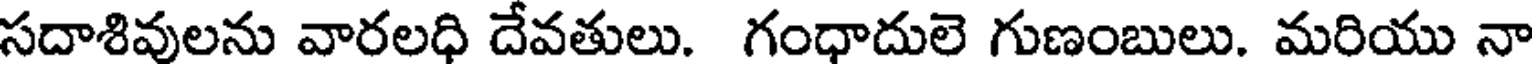
సదాశివులను వారలధి దేవతులు. గంధాదులె గుణంబులు. మరియు నా